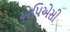
એપિએસી